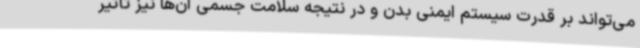
می‌تواند بر قدرت سیستم ایمنی بدن و در نتیجه سلامت جسمی آن‌ها نیز تأثیر